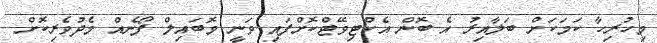
މިހުރިހާ ކަމަކަށް ބަލާއިރު އެ ބޮން އެކްޓިވޭޓްކޮށްފައި ވަނީ މޮބައިލް ފޯނެއް މެދުވެރިކޮށް